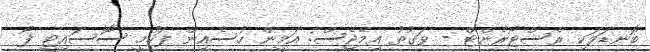
ބޮނޑަވަކި ރެސްޓޯރެންޓް - ވަގުތު އިމޭޖެސް: އަމީން ހުސެއިން ފަހުމީ ސޮސައިޓީ ފޯ